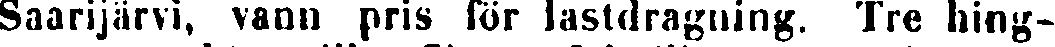
Saarijärvi, vann pris för lastdragning. Tre hing-